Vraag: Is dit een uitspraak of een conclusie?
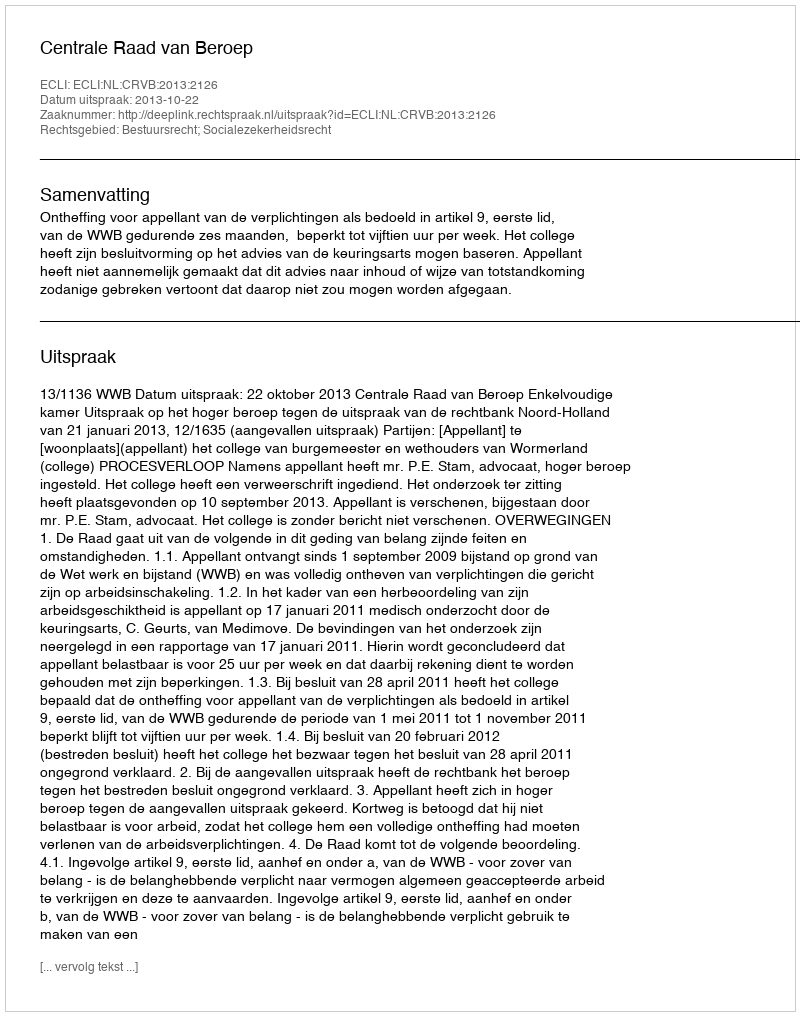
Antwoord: Uitspraak